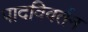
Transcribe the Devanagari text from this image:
पादविवर्तन